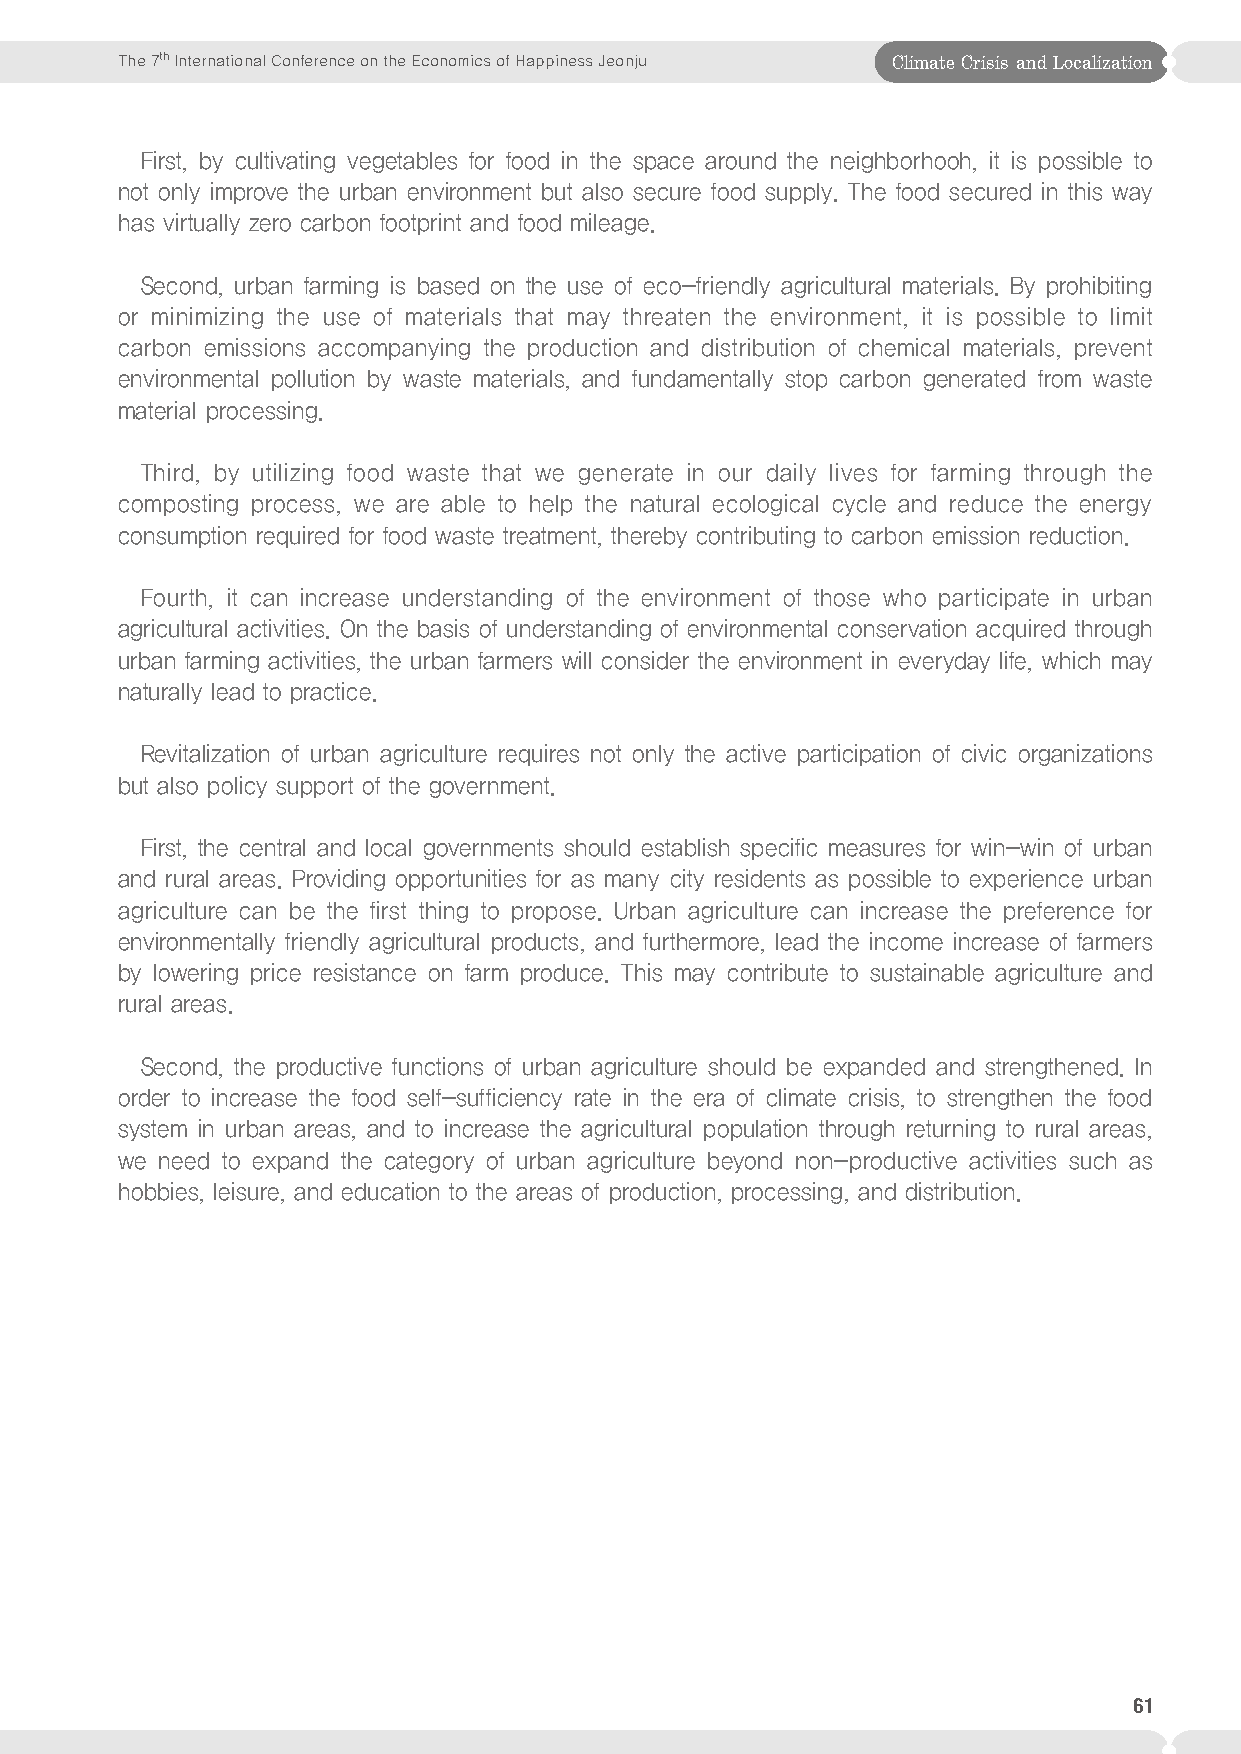
The 7th International Conference on the Economics of Happiness Jeonju Climate Crisis and Localization
 First, by cultivating vegetables for food in the space around the neighborhooh, it is possible to
 not only improve the urban environment but also secure food supply. The food secured in this way
 has virtually zero carbon footprint and food mileage.
 Second, urban farming is based on the use of eco-friendly agricultural materials. By prohibiting
 or minimizing the use of materials that may threaten the environment, it is possible to limit
 carbon emissions accompanying the production and distribution of chemical materials, prevent
 environmental pollution by waste materials, and fundamentally stop carbon generated from waste
 material processing.
 Third, by utilizing food waste that we generate in our daily lives for farming through the
 composting process, we are able to help the natural ecological cycle and reduce the energy
 consumption required for food waste treatment, thereby contributing to carbon emission reduction.
 Fourth, it can increase understanding of the environment of those who participate in urban
 agricultural activities. On the basis of understanding of environmental conservation acquired through
 urban farming activities, the urban farmers will consider the environment in everyday life, which may
 naturally lead to practice.
 Revitalization of urban agriculture requires not only the active participation of civic organizations
 but also policy support of the government.
 First, the central and local governments should establish specific measures for win-win of urban
 and rural areas. Providing opportunities for as many city residents as possible to experience urban
 agriculture can be the first thing to propose. Urban agriculture can increase the preference for
 environmentally friendly agricultural products, and furthermore, lead the income increase of farmers
 by lowering price resistance on farm produce. This may contribute to sustainable agriculture and
 rural areas.
 Second, the productive functions of urban agriculture should be expanded and strengthened. In
 order to increase the food self-sufficiency rate in the era of climate crisis, to strengthen the food
 system in urban areas, and to increase the agricultural population through returning to rural areas,
 we need to expand the category of urban agriculture beyond non-productive activities such as
 hobbies, leisure, and education to the areas of production, processing, and distribution.
 61